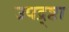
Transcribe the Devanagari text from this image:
उपद्र्ष्टा